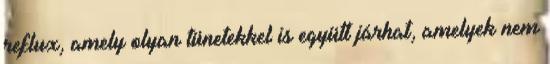
reflux, amely olyan tünetekkel is együtt járhat, amelyek nem